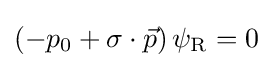
\left(-p_{0}+\sigma \cdot {\vec {p}}\right)\psi _{\text{R}}=0